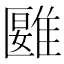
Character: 𩀀